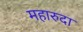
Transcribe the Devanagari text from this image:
महारुदा